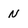
Character: N